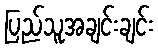
ပြည်သူအချင်းချင်း